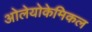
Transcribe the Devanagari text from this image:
ओलेयोकेमिकल